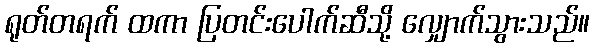
ရုတ်တရက် ထကာ ပြတင်းပေါက်ဆီသို့ လျှောက်သွားသည်။